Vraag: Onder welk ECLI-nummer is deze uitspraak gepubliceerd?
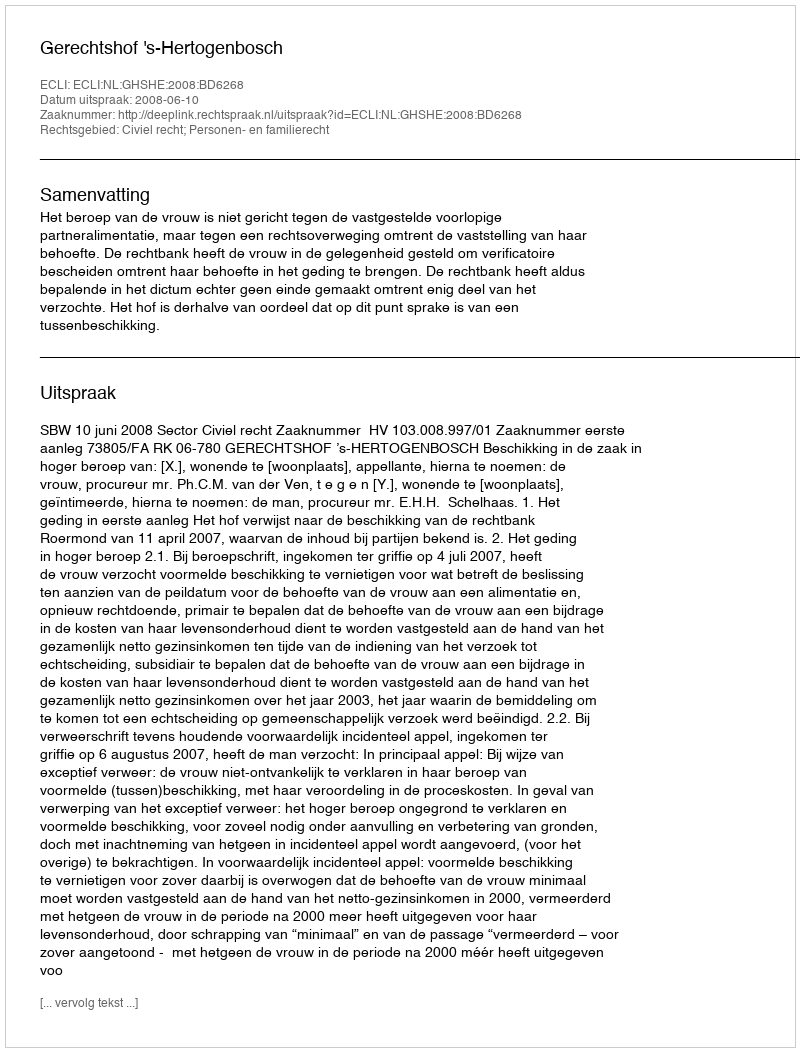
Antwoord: ECLI:NL:GHSHE:2008:BD6268